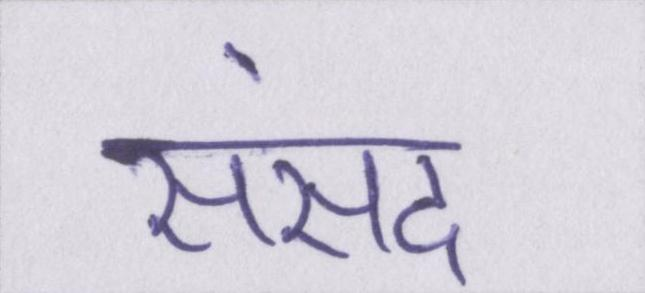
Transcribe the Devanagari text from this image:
संसद